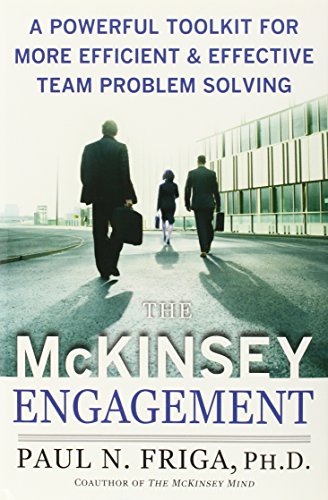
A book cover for The McKinsey Engagement: A Powerful Toolkit For More Efficient and Effective Team Problem Solving; Ph.D., Paul N. Friga; Business & Money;